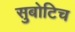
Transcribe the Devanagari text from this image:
सुबोटिच